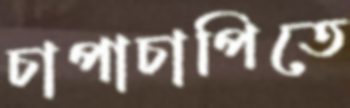
চাপাচাপিতে